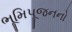
ભૂમિપૂજનનો